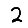
Digit: 2